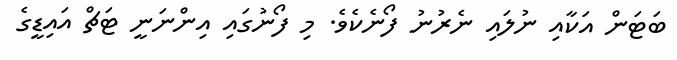
ބަޓަން އަކާއި ނުލައި ނެރުނު ފޯނެކެވެ. މި ފޯނުގައި އިންނަނީ ޓަޗް އައިޑީގެ